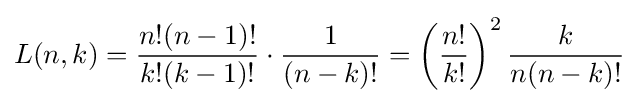
L(n,k)={\frac {n!(n-1)!}{k!(k-1)!}}\cdot {\frac {1}{(n-k)!}}=\left({\frac {n!}{k!}}\right)^{2}{\frac {k}{n(n-k)!}}